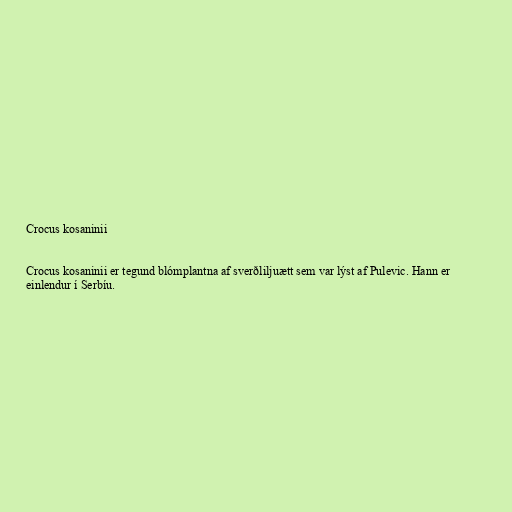
Crocus kosaninii

Crocus kosaninii er tegund blómplantna af sverðliljuætt sem var lýst af Pulevic. Hann er
einlendur í Serbíu.